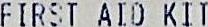
FIRST AID KIT